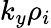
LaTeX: k_{y}\rho_{i}